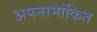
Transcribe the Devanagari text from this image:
अपनामांकित